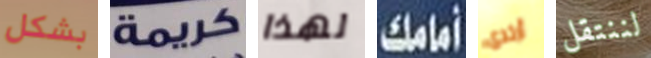
بشكل كريمة لهذا أمامك أرتدى لننتقل